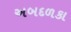
અબદળકા